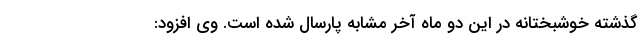
گذشته خوشبختانه در این دو ماه آخر مشابه پارسال شده است. وی افزود: